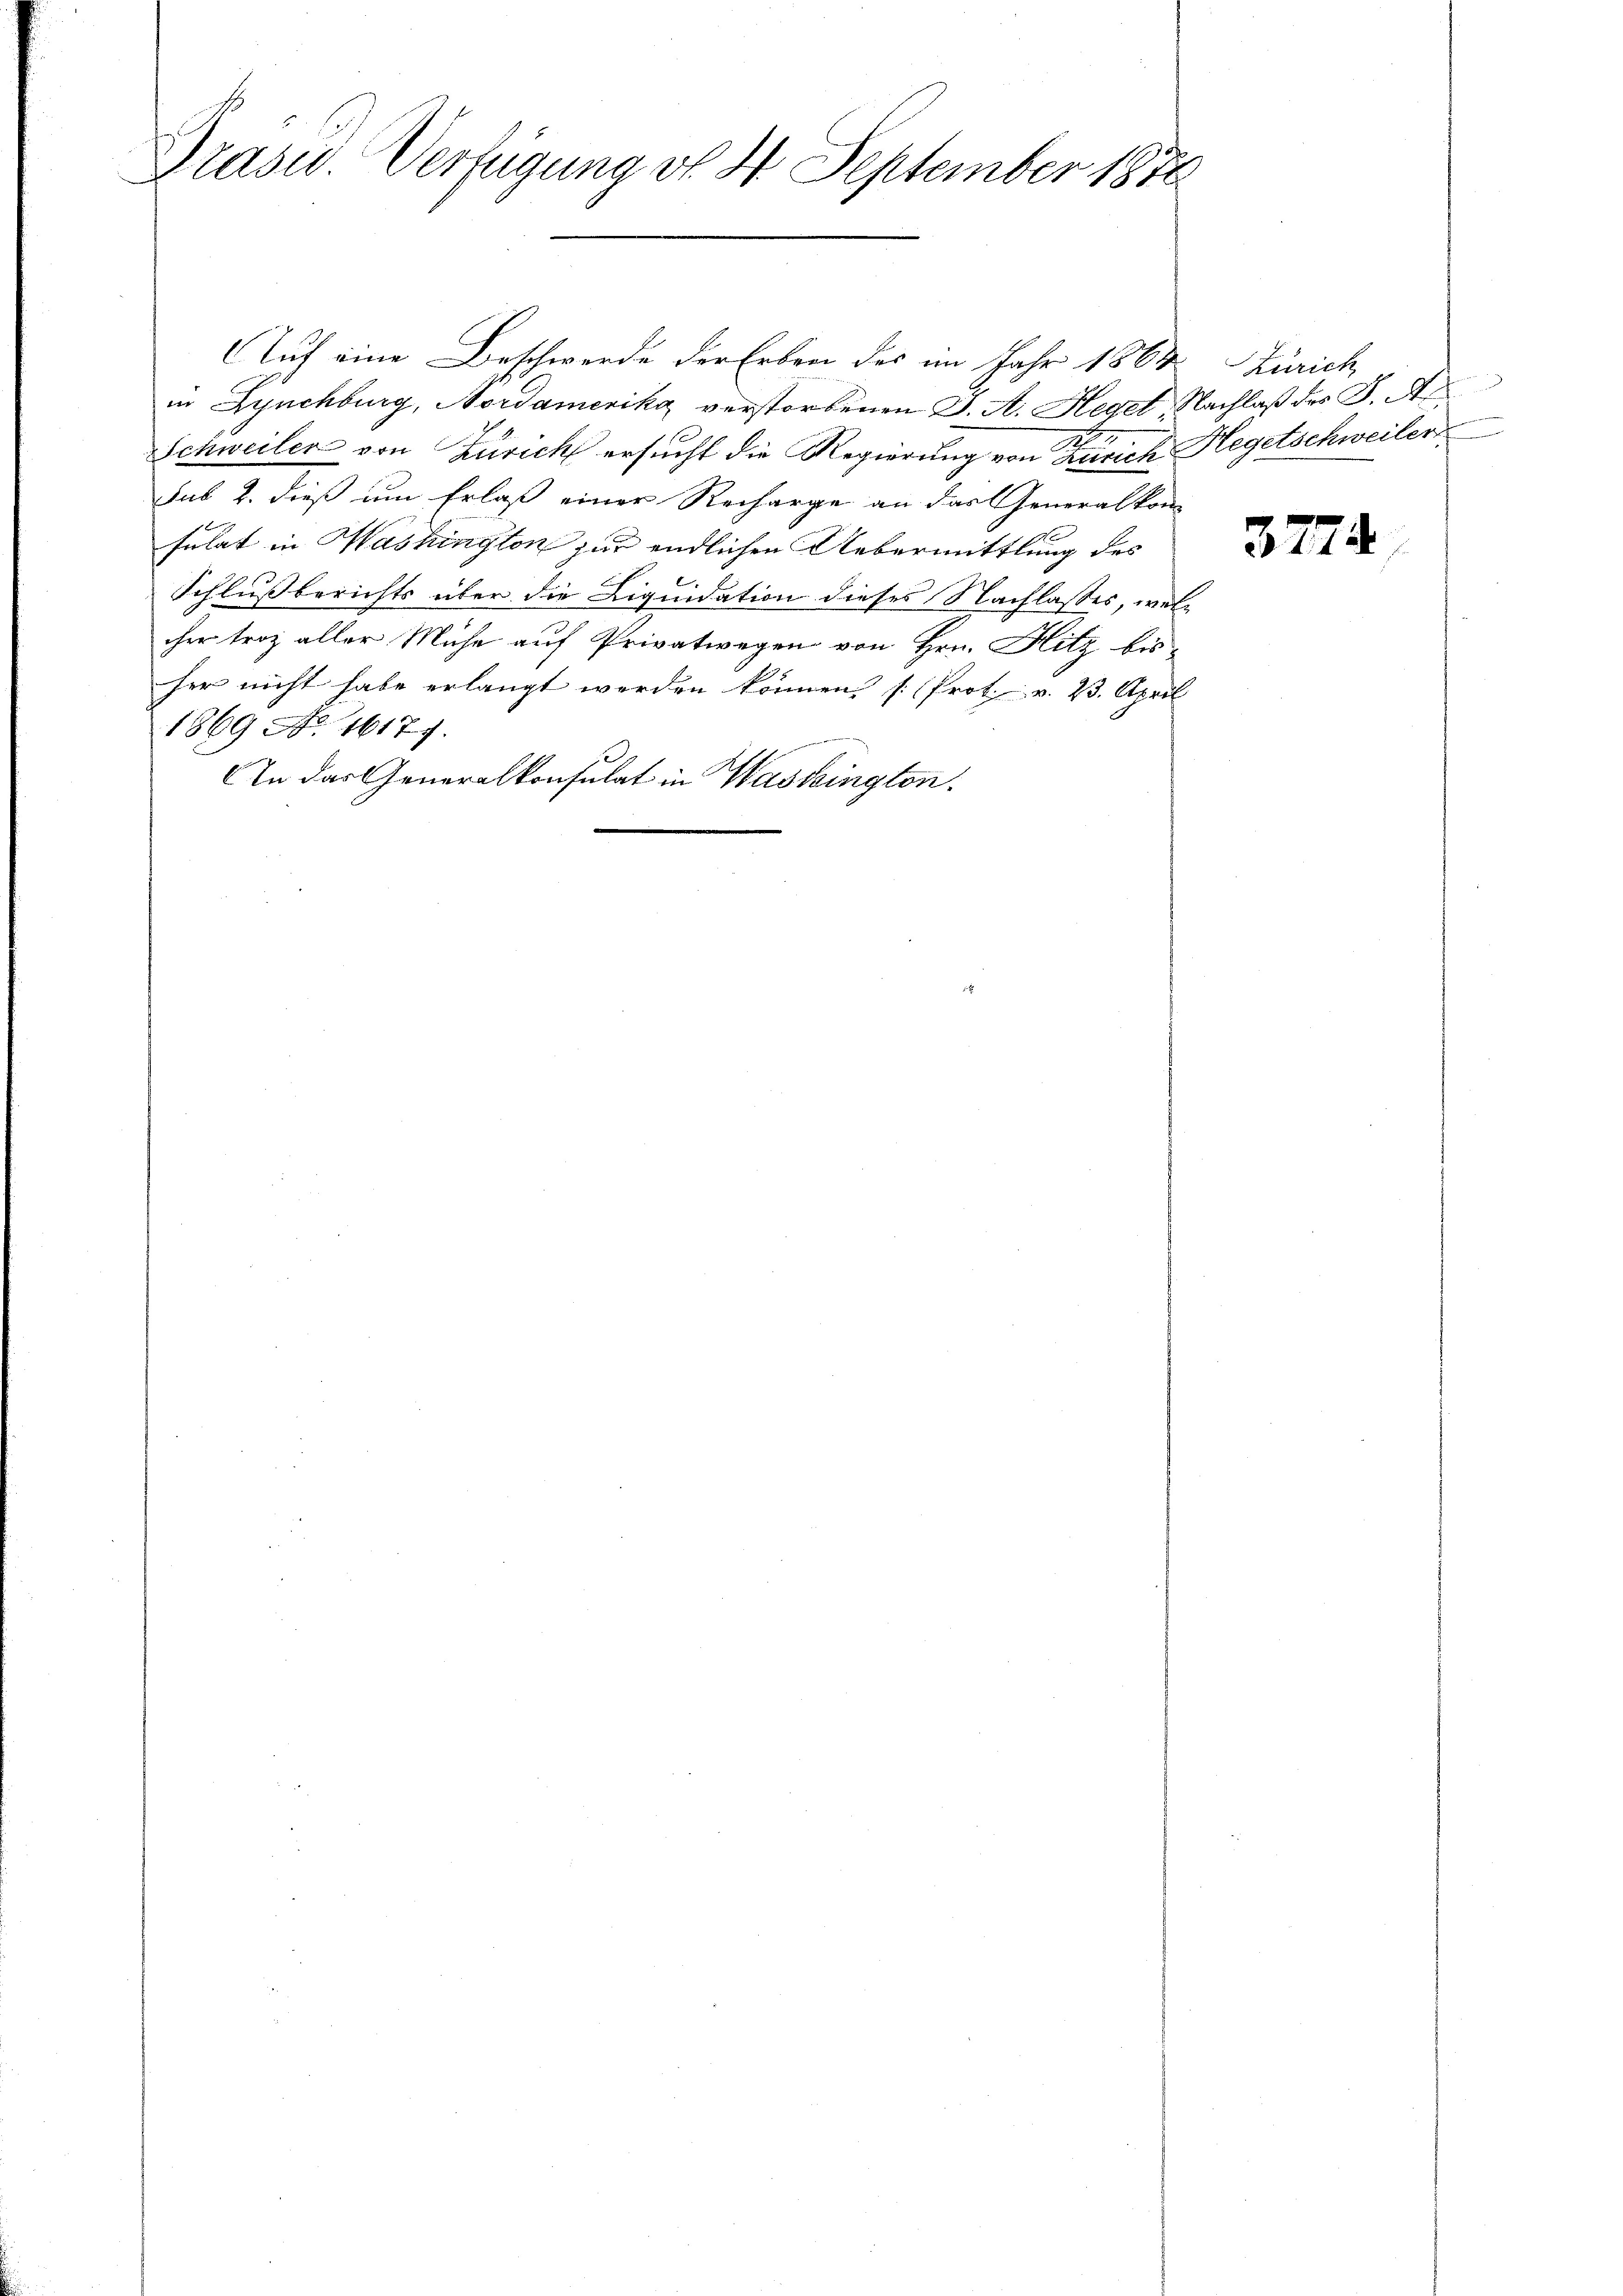
Präsid. Verfügung v. 4. September 1876

Auf eine Beschwerde der Erben des im Jahr 1863. Zürich
in Lynchburg, Nordamerika verstorbenen J. A. Hegel, Nachlaß des J. A.
2
Schweiler von Zürich ersucht die Regierung von Zürich Hegetschweiler
sub 2. dieß um Erlaß einer Recharge an das Generalkom-
sulat in Washington zur endlichen Uebermittlung des
Schlussberichts über die Liquidation dieses Nachlasses, welcher troz aller Mühe auf Privatwegen von Hrn. Hitz bis-
her nicht habe erlangt werden können, (Prot. v. 23. April
1869 No. 1617.
An das Generalkonsulat in Wasteington.

3774